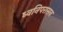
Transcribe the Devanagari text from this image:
ध्वनिपरासन